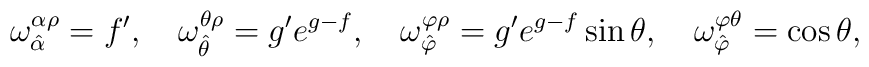
\omega_{\hat{\alpha}}^{\alpha\rho}= f', \quad \omega_{\hat{\theta}}^{\theta\rho}=g'e^{g-f}, \quad \omega_{\hat{\varphi}}^{\varphi\rho}=g'e^{g-f}\sin\theta,  \quad \omega_{\hat{\varphi}}^{\varphi\theta}=\cos\theta,